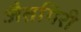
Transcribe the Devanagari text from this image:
जैतगिरी